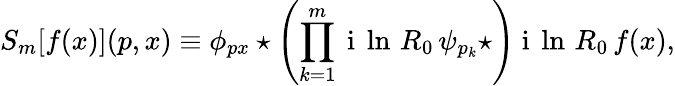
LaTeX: S_{m}[f(x)](p,x)\equiv\phi_{px}\star\left(\prod_{k=1}^{m}{\mathrm{~i~}\ln\, R_{0}\, \psi_{p_{k}}\star}\right)\mathrm{~i~}\ln\, R_{0}\, f(x),